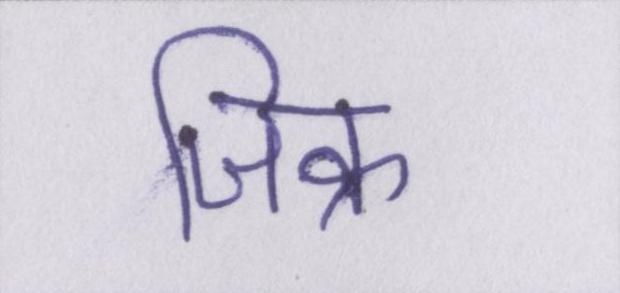
जिक्र